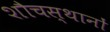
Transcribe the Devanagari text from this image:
शौचस्थानों